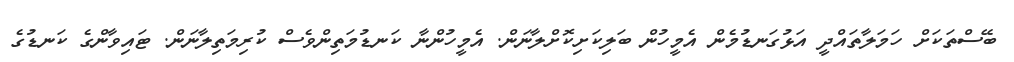
ބޭސްތަކަށް ހަމަލާތައްދީ އަޅުގަނޑުމެން އެމީހުން ބަލިކަށިކޮށްލާނަން. އެމީހުންނާ ކަނޑުމަތިންވެސް ކުރިމަތިލާނަން. ޓައިވާންގެ ކަނޑުގެ